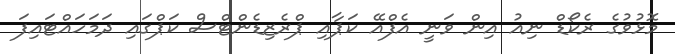
މޮޅުވުގެ ރެކޯޑް ނިއު އިން ވަނީ އެފްއޭ ކަޕާއި ޕްރެޒިޑެންޓްސް ކަޕްގައި ދަމަހައްޓައިފަ